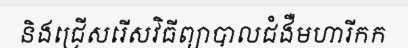
និងជ្រើសរើសវិធីព្យាបាលជំងឺមហារីកក